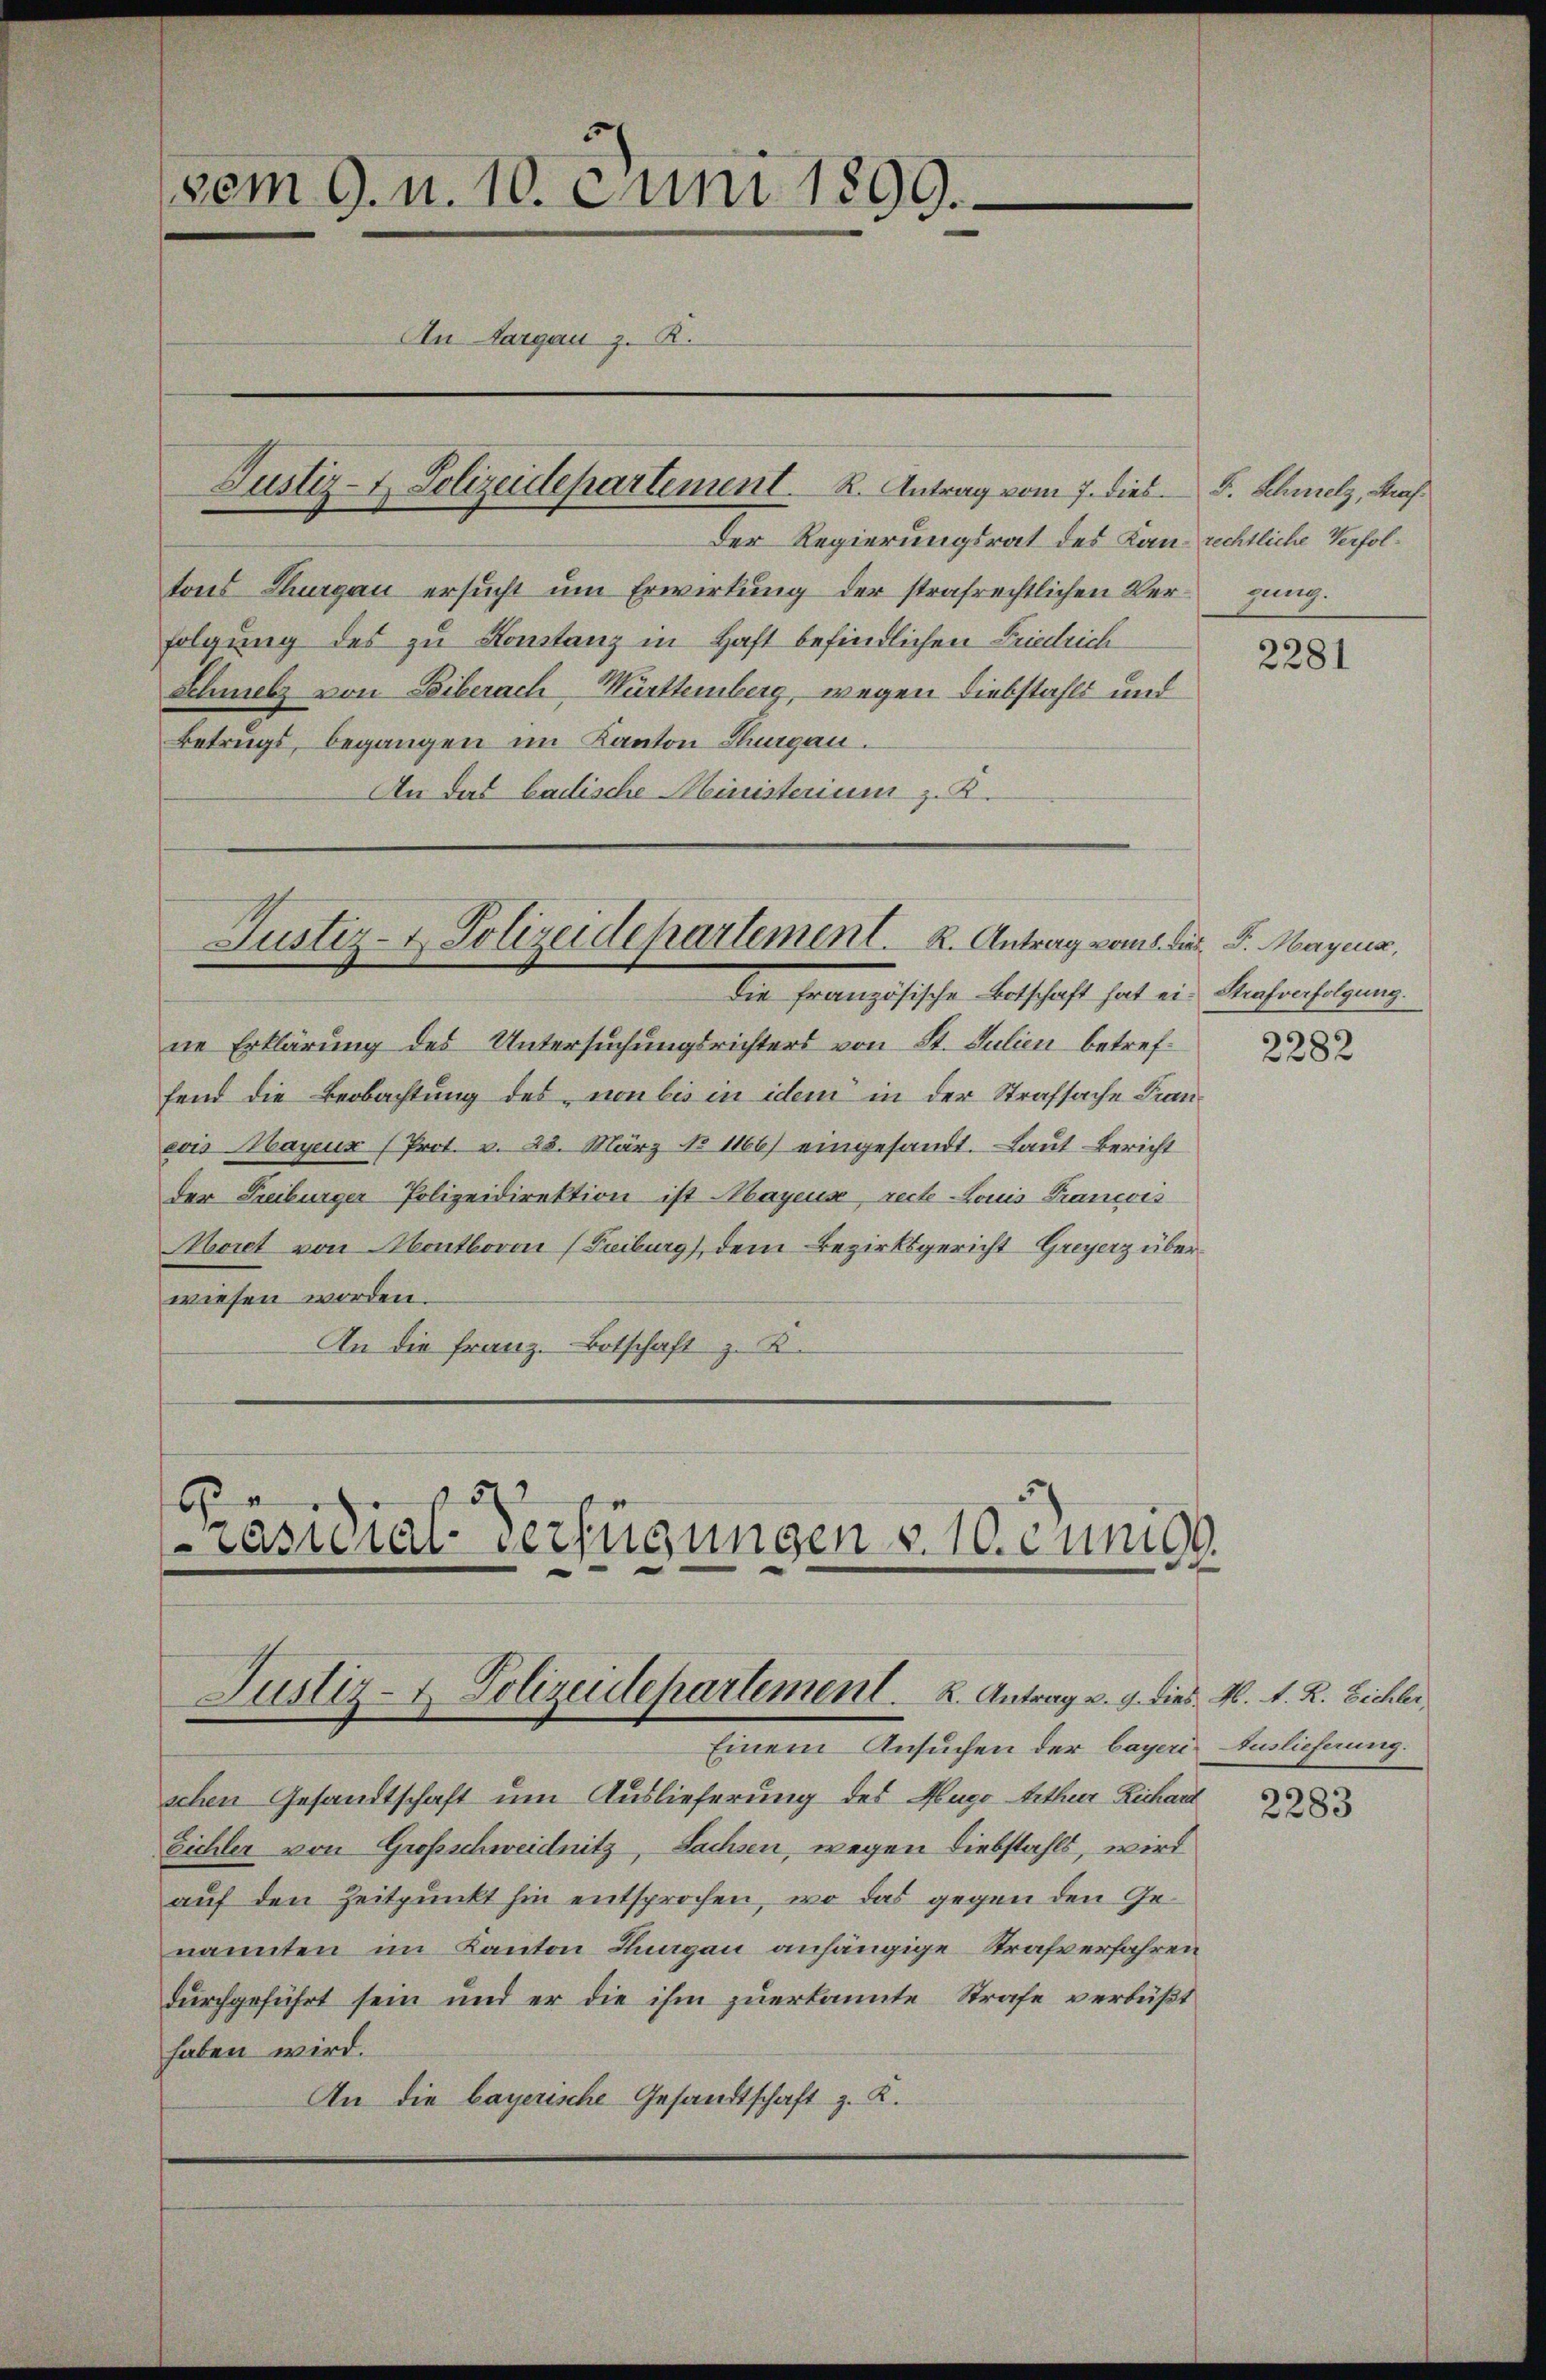
vem 9. u. 10. Juni 1899.
An Aargau z. B.

Der Regierungsrat des Kan-rechtliche Verfoltons Thurgau ersŭcht ŭm Erwirkung der strafrechtlichen Vergung.
folgung des zu Konstanz in Haft befindlichen Friedrich¬
Schmelz von Biberach-Württemberg, wegen Diebstahls und
Betrugs, begangen im Kanton Thurgau.
An das badische Ministerium z. B.

Justiz- & Polizeidepartement. K. Antrag vom 7. dies F. Schmelz, Mah¬

Justiz- & Polizeidepartement. K. Antrag vom 8. d. J. Mayena,

ne Erklärung des Untersuchungsrichters von St. Julien betreffend die Beobachtung des von bis in idem in der Strafsache Franeois Mayeur (Prot. v. 28. März No 1166) eingesandt. Laut Bericht
der Treiburger-Polizeidirektion ist Mayens recte-Louis Francois
Moret von Hontbovon (Freiburg), dem Bezirksgericht Greyerz überwiesen worden.
An die Franz. Botschaft z. B.
5

die Französische Botschaft hat ein Strafverfolgung

2
Cäsidial-Verfügungen v. 10. Juni99.
Justiz- & Polizeidepartement. K. Antrag v. 9. dies M. v. R. Bichler

Einem Ansuchen der bayeri Auslieferung.
schen Gesandtschaft um Auslieferung des Hugo Arthur Richard
Eichler von Großschweidnitz, Sachsen, wegen Liebstahls, wird
auf den Zeitpunkt hin entsprochen, wo das gegen den Genannten im Kanton Luegau anhängige Strafverfahren
durchgeführt sein und er die ihm zuerkannte Strafe verbüßt
haben wird.
An die bayerische Gesandtschaft z. R.

2281

2282

2283